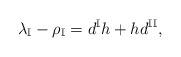
LaTeX: \begin{align*}\lambda_\mathbb{I}-\rho_{\mathbb{I}}=d^{\mathbb{I}} h+ h d^{\mathbb{II}}, \end{align*}